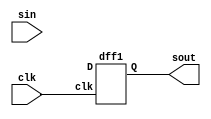
module piso1(sout,sin,clk);
    output sout;
    input [3:0]sin;
    input clk;
    wire [3:0]q;
    inv u1(p,sl);
    and1 u2(n,sin[1],p);
    and1 u3(r,sl,q[0]);
    or1 u4(s,n,r);
    and1 u5(t,sin[2],p);
    and1 u6(u,sl,q[1]);
    or1 u7(v,u,t);
    and1 u8(w,sin[3],p);
    and1 u9(y,sl,q[2]);
    or1 u10(z,w,y);
    dff1 u11(q[0],sin[0],clk);
    dff1 u12(q[1],s,clk);
    dff1 u13(q[2],v,clk);
    dff1 u14(q[3],z,clk);
    assign sout = q[3];
endmodule

module inv(o,a);
  output o;
  input a;
  assign o =!a;
endmodule 

module and1(a,b,c);
  input a,b;
  output c;
  assign c = a & b;
endmodule 

module or1(p,q,r);
  input p,q;
  output r;
  assign r = p | q;
endmodule 

module dff1(Q,D,clk);
input D; // Data input 
input clk; // clock input 
output reg Q; // output Q 
always @(negedge clk) 
begin
 Q <= D; 
end 
endmodule